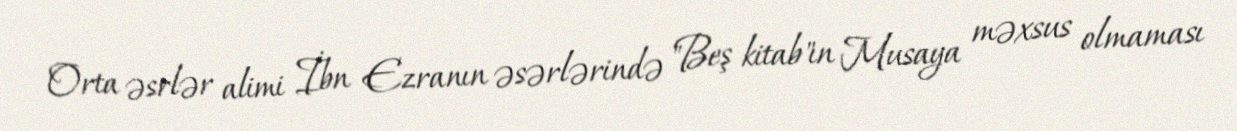
Orta əsrlər alimi İbn Ezranın əsərlərində "Beş kitab"ın Musaya məxsus olmaması